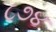
૮૭૪